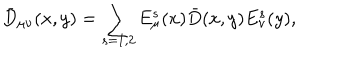
\bar { D } _ { \mu \nu } ( x , y ) = \sum _ { s = 1 , 2 } E _ { \mu } ^ { s } ( x ) \bar { D } ( x , y ) E _ { \nu } ^ { s } ( y ) ,